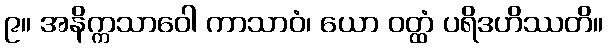
၉။ အနိက္ကသာဝေါ ကာသာဝံ၊ ယော ဝတ္ထံ ပရိဒဟိဿတိ။